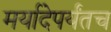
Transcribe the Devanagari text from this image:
मर्यादेपर्यंतच